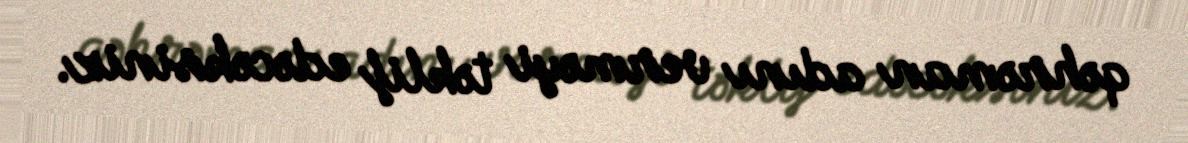
qəhrəman adını verməyi təklif edəcəksiniz.